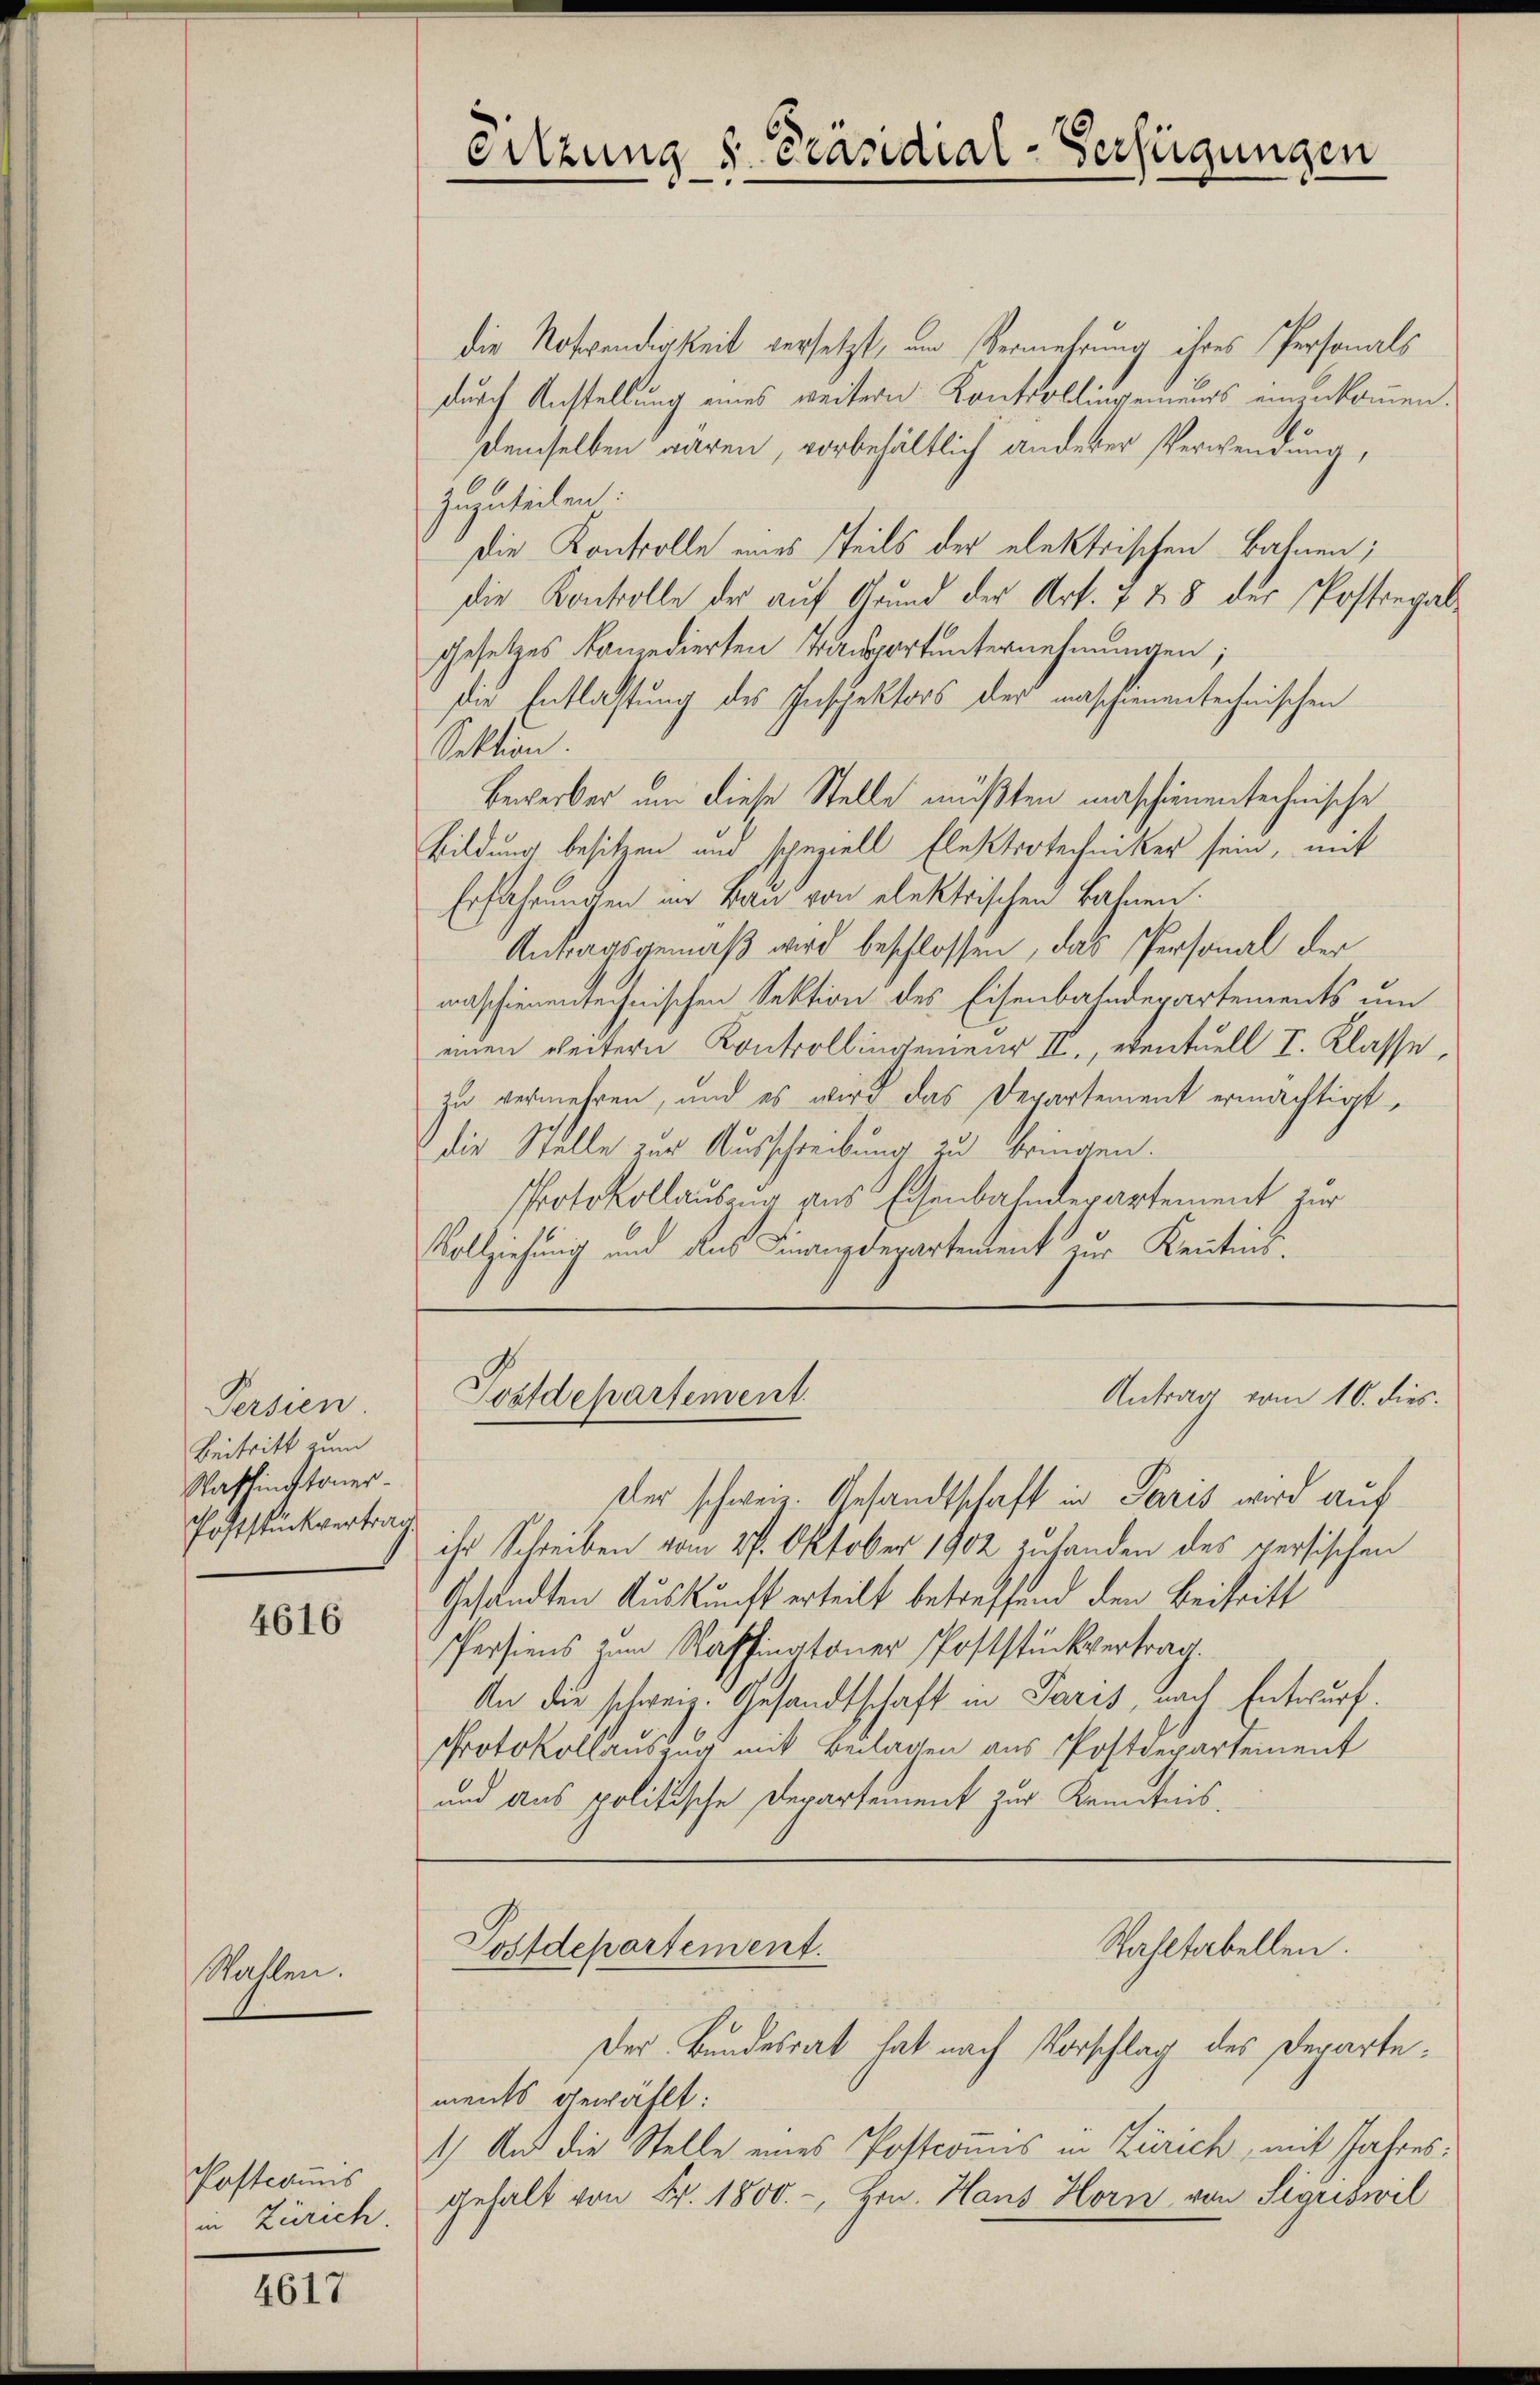
Persien.
Beitritt zum
Washingtoner-
Poststückvertrag

4616

Wallen.

Postcommis
in Zürich.

4617

Sitzung v. Präsidial-Verfügungen

die Notwendigkeit versetzt, um Vermehrung ihres Personals
durch Anstellung eines weitern Kontrollingenaus einenkommen.
demselben waren, vorbehältlich anderer Verwendung,
zuzusichen.
Die Kontrolle eines Teils der elektrischen Bahnen;
die Kontrolle der auf Grund der Art. 7 § 8 der Postregale
Gesetzes konzedierten Transportunternehmungen;
Die Entlastung des Inspektors der maschienentechnischen
Sektion.
Bewerber um diese Stelle müßten maschienen technische
Bildung besitzen und speziell Elektrotechniker sein, mit
Erfahrungen im Bau von elektrischen Bahnen.
Antragsgemäß wird beschlossen, das Personal der
anschienentechnischen Sektion des Eisenbahndepartements um
einen weitern Kontrollingenieur II., eventuell I. Klasse,
zu vermehren, und es wird das Departement ermächtigt,
die Stelle zur Ausschreibung zu bringen.
Protokollausung aus Eisenbahndepartement zur
Vollziehung und aus Finanzdepartentent zur Kenntnis.

Postdepartement

Antrag vom 10. dies

sler schweiz. Gesandtschaft in Paris wird auf
ihr Schreiben vom 27. Oktober 1902 zutanden des versischen
Gesandten Auskunft erteilt betreffend den Beitritt
Persiens zum Raffinatoner Poststückvertrag.
An die schweiz. Gesandtschaft in Paris, nach Entwurf.
Protokollauszug mit Beilagen aus Postdepartement
und aus politische Derartement zur Kenntnis,

Wahltabellen.
Postdepartement.

Der Bundesrat hat nach Vorschlag des Departe:
ments gewählt:
1.) Und die Stelle eines Postconus in Zürich, mit Jahresgehalt von Fr. 1800.-, Hrn. Hans Horn von Sigriswil